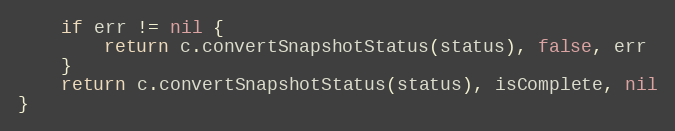
Language: Go
	if err != nil {
		return c.convertSnapshotStatus(status), false, err
	}
	return c.convertSnapshotStatus(status), isComplete, nil
}